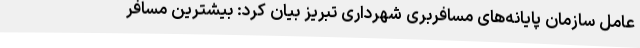
عامل سازمان پایانه‌های مسافربری شهرداری تبریز بیان کرد: بیشترین مسافر